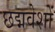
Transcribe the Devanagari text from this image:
छद्मवेशों